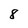
Character: 8